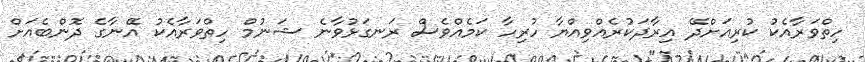
ހިތްވަރާއެކު ކުރިއަށްދޭ އިރާދަކުރެއްވިއްޔާ ހުރިހާ ކަމެއްވެސް ރަނގަޅުވާނެ ޝަނުމް ހިތްވަރާއެކު އޭނާގެ ދޮންބެއަށް